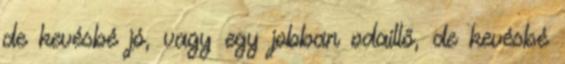
de kevésbé jó, vagy egy jobban odaillő, de kevésbé